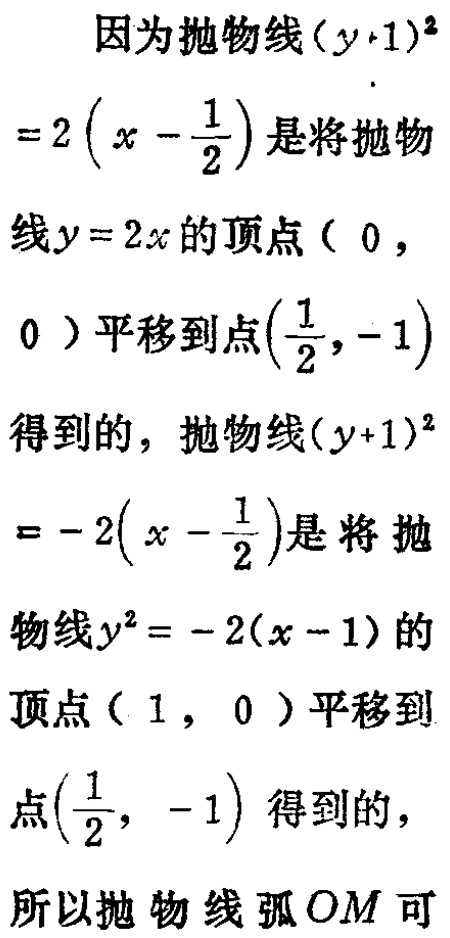
因为抛物线\((y + 1)^2\)
\(=2\left(x - \frac{1}{2}\right)\)是将抛物
线\(y = 2x\)的顶点\((0,\)
\(0)\)平移到点\(\left(\frac{1}{2},-1\right)\)
得到的，抛物线\((y + 1)^2\)
\(= - 2\left(x - \frac{1}{2}\right)\)是将抛
物线\(y^2 = - 2(x - 1)\)的
顶点\((1,0)\)平移到
点\(\left(\frac{1}{2}, - 1\right)\)得到的，
所以抛物线弧\(OM\)可